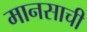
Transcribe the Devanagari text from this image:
मानसाची